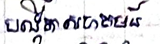
បង្កើតសហគមន៍